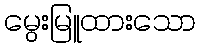
မွေးမြူထားသော